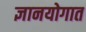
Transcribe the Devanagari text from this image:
ज्ञानयोगात